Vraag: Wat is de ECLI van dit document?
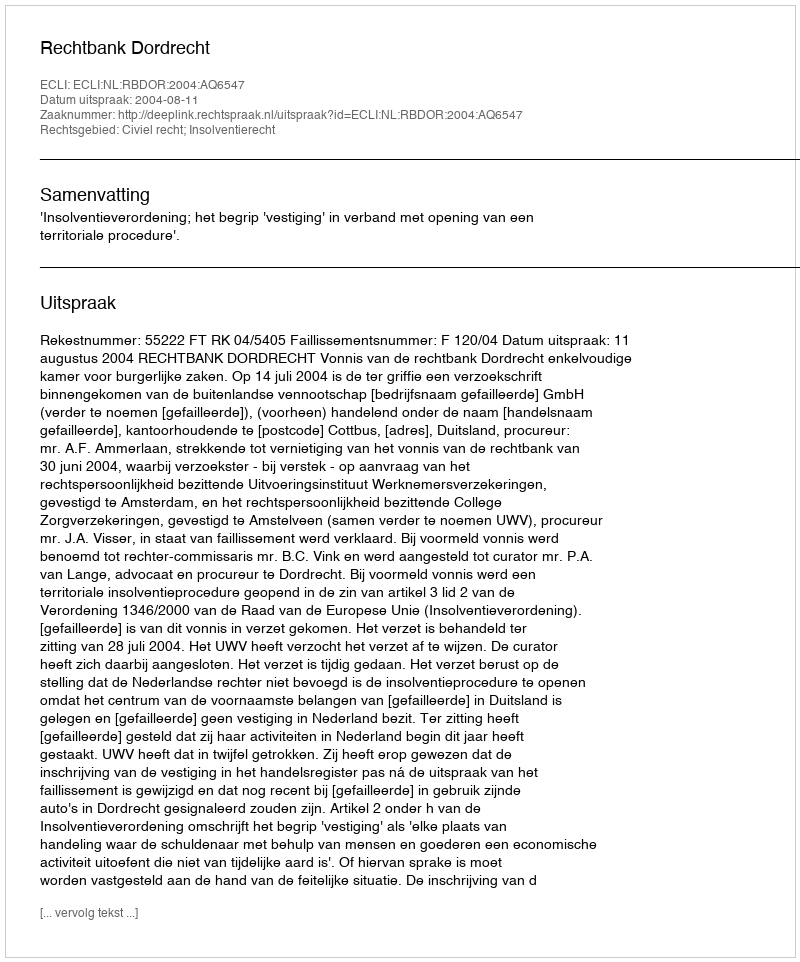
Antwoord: ECLI:NL:RBDOR:2004:AQ6547